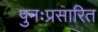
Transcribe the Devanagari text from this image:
पुनःप्रसारित